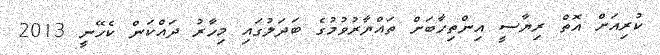
ކުރިއަށް އޮތް ރިޔާސީ އިންތިހާބަށް ތައްޔާރުވުމުގެ ބަދަލުގައި މިހާރު ދައްކަން ކެހޭނީ 2013